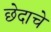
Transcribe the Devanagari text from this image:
छेदाचे